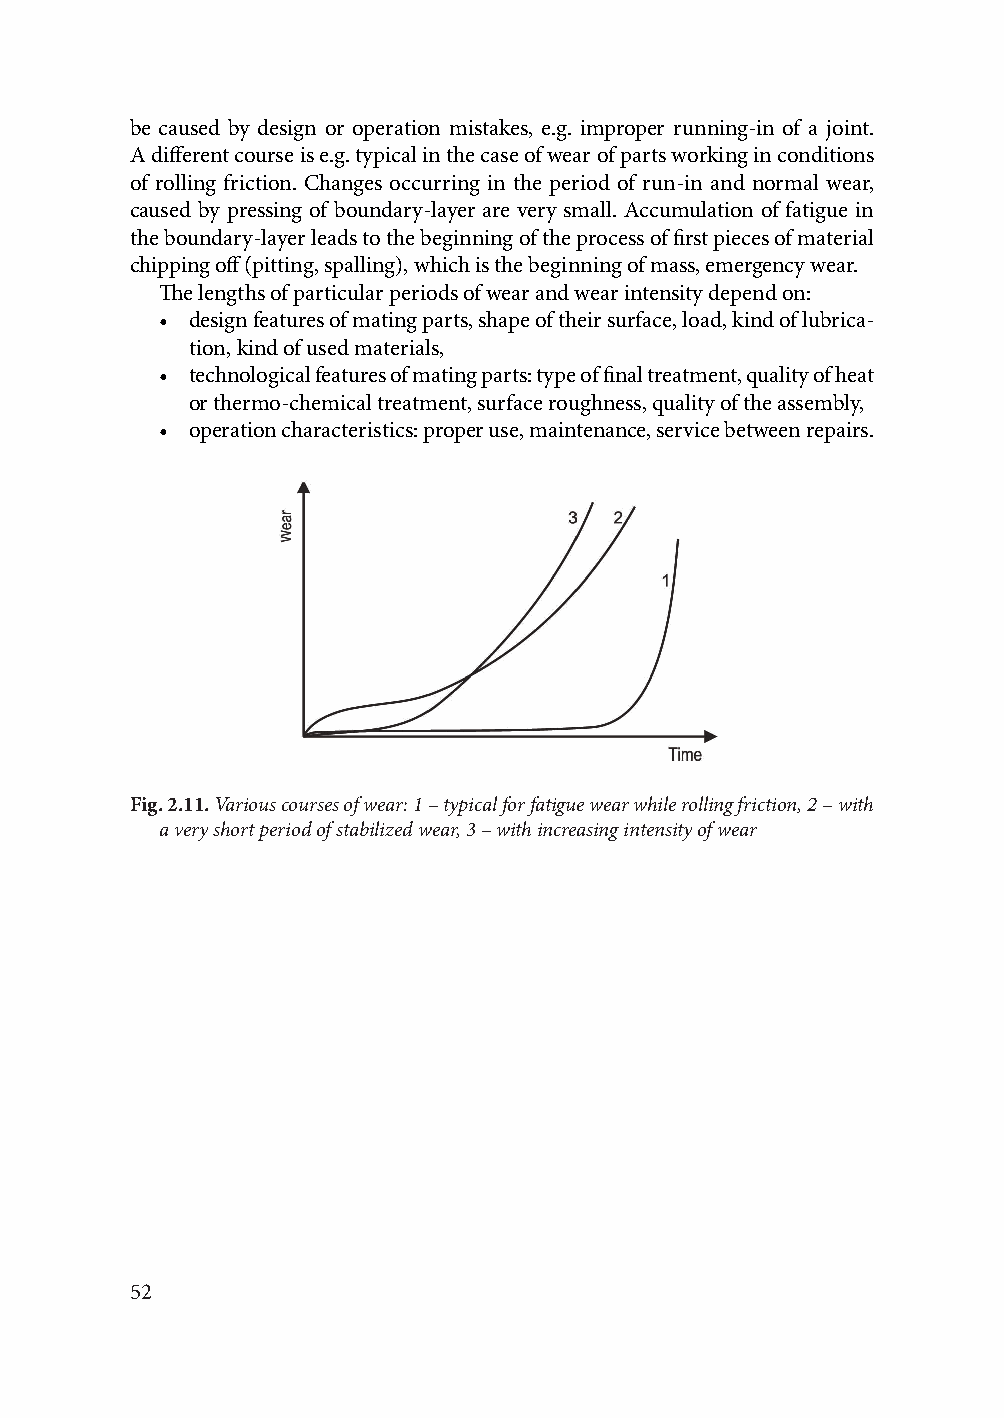
be caused by design or operation mistakes, e.g. improper running-in of a joint.
 A different course is e.g. typical in the case of wear of parts working in conditions
 of rolling friction. Changes occurring in the period of run-in and normal wear,
 caused by pressing of boundary-layer are very small. Accumulation of fatigue in
 the boundary-layer leads to the beginning of the process of first pieces of material
 chipping off (pitting, spalling), which is the beginning of mass, emergency wear.
 The lengths of particular periods of wear and wear intensity depend on:
 • design features of mating parts, shape of their surface, load, kind of lubrica-
 tion, kind of used materials,
 • technological features of mating parts: type of final treatment, quality of heat
 or thermo-chemical treatment, surface roughness, quality of the assembly,
 • operation characteristics: proper use, maintenance, service between repairs.
 Fig. 2.11. Various courses of wear: 1 – typical for fatigue wear while rolling friction, 2 – with
 a very short period of stabilized wear, 3 – with increasing intensity of wear
 52